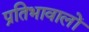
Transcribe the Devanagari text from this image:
प्रतिभावालों